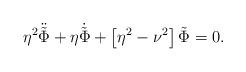
LaTeX: \begin{align*}\eta^2 \ddot {\tilde \Phi} + \eta \dot{\tilde \Phi} + \left [ \eta^2 - \nu^2 \right ] \tilde \Phi = 0. \end{align*}